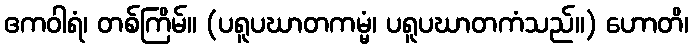
ဧကဝါရံ၊ တစ်ကြိမ်။ (ပရူပဃာတကမ္မံ၊ ပရူပဃာတကံသည်။) ဟောတိ၊